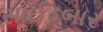
સાઈડબાર